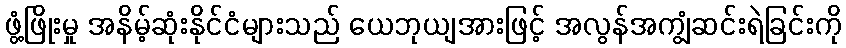
ဖွံ့ဖြိုးမှု အနိမ့်ဆုံးနိုင်ငံများသည် ယေဘုယျအားဖြင့် အလွန်အကျွံဆင်းရဲခြင်းကို